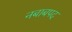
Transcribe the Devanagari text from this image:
नबाबपद